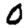
Digit: 0